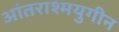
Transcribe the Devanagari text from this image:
आंतराश्मयुगीन